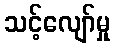
သင့်လျော်မှု